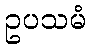
ဥပသမံ